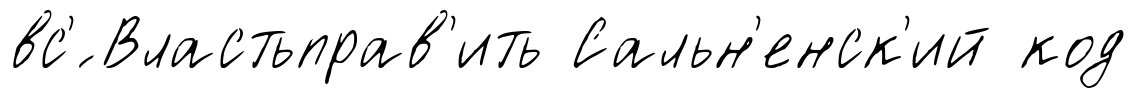
вс'́ Властьправ'ить Сальн'енск'ий код